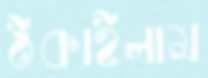
ঠকাইলাম